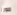
مورا